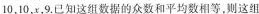
10，10，x，9.已知这组数据的众数和平均数相等，则这组